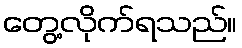
တွေ့လိုက်ရသည်။